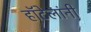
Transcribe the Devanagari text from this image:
हॉटेलांनी